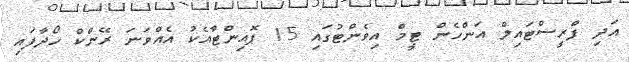
އަދި ފްރީސްޓައިލް އަންހެން ޓީމް އިވެންޓުގައި 15 ޕޮއިންޓާއެކު އެއްވަނަ ރޭންކް ހޯދާފައި